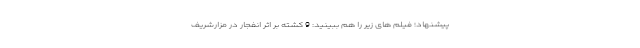
پیشنهاد؛ فیلم‌ های زیر را هم ببینید: 9 کشته بر اثر انفجار در مزارشریف